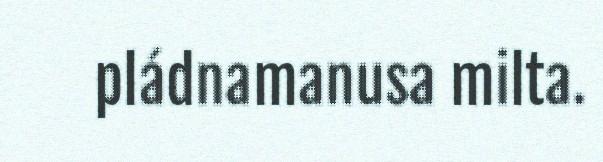
pládnamanusa milta.